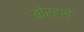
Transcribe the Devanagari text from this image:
बोर्‍हाडे